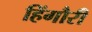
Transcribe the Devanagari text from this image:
हिंगौरी